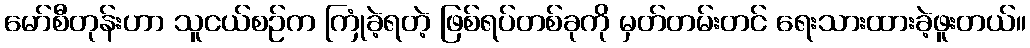
မော်စီတုန်းဟာ သူငယ်စဉ်က ကြုံခဲ့ရတဲ့ ဖြစ်ရပ်တစ်ခုကို မှတ်တမ်းတင် ရေးသားထားခဲ့ဖူးတယ်။